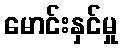
မောင်းနှင်မှု